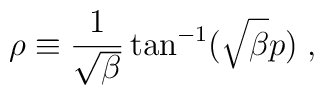
\rho \equiv \frac{1}{\sqrt{\beta}} \tan^{-1}(\sqrt{\beta}p) \;,